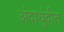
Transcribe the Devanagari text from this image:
अंदाधुंदीत